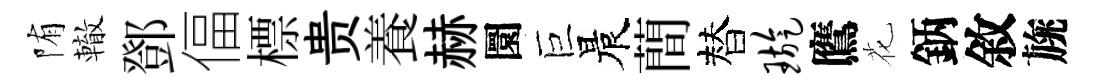
陏轍鄧偪標贵養赫圜巨晨蕳替璇鷹花鈵敘旐